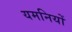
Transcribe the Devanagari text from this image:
यमनियों